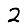
Digit: 2